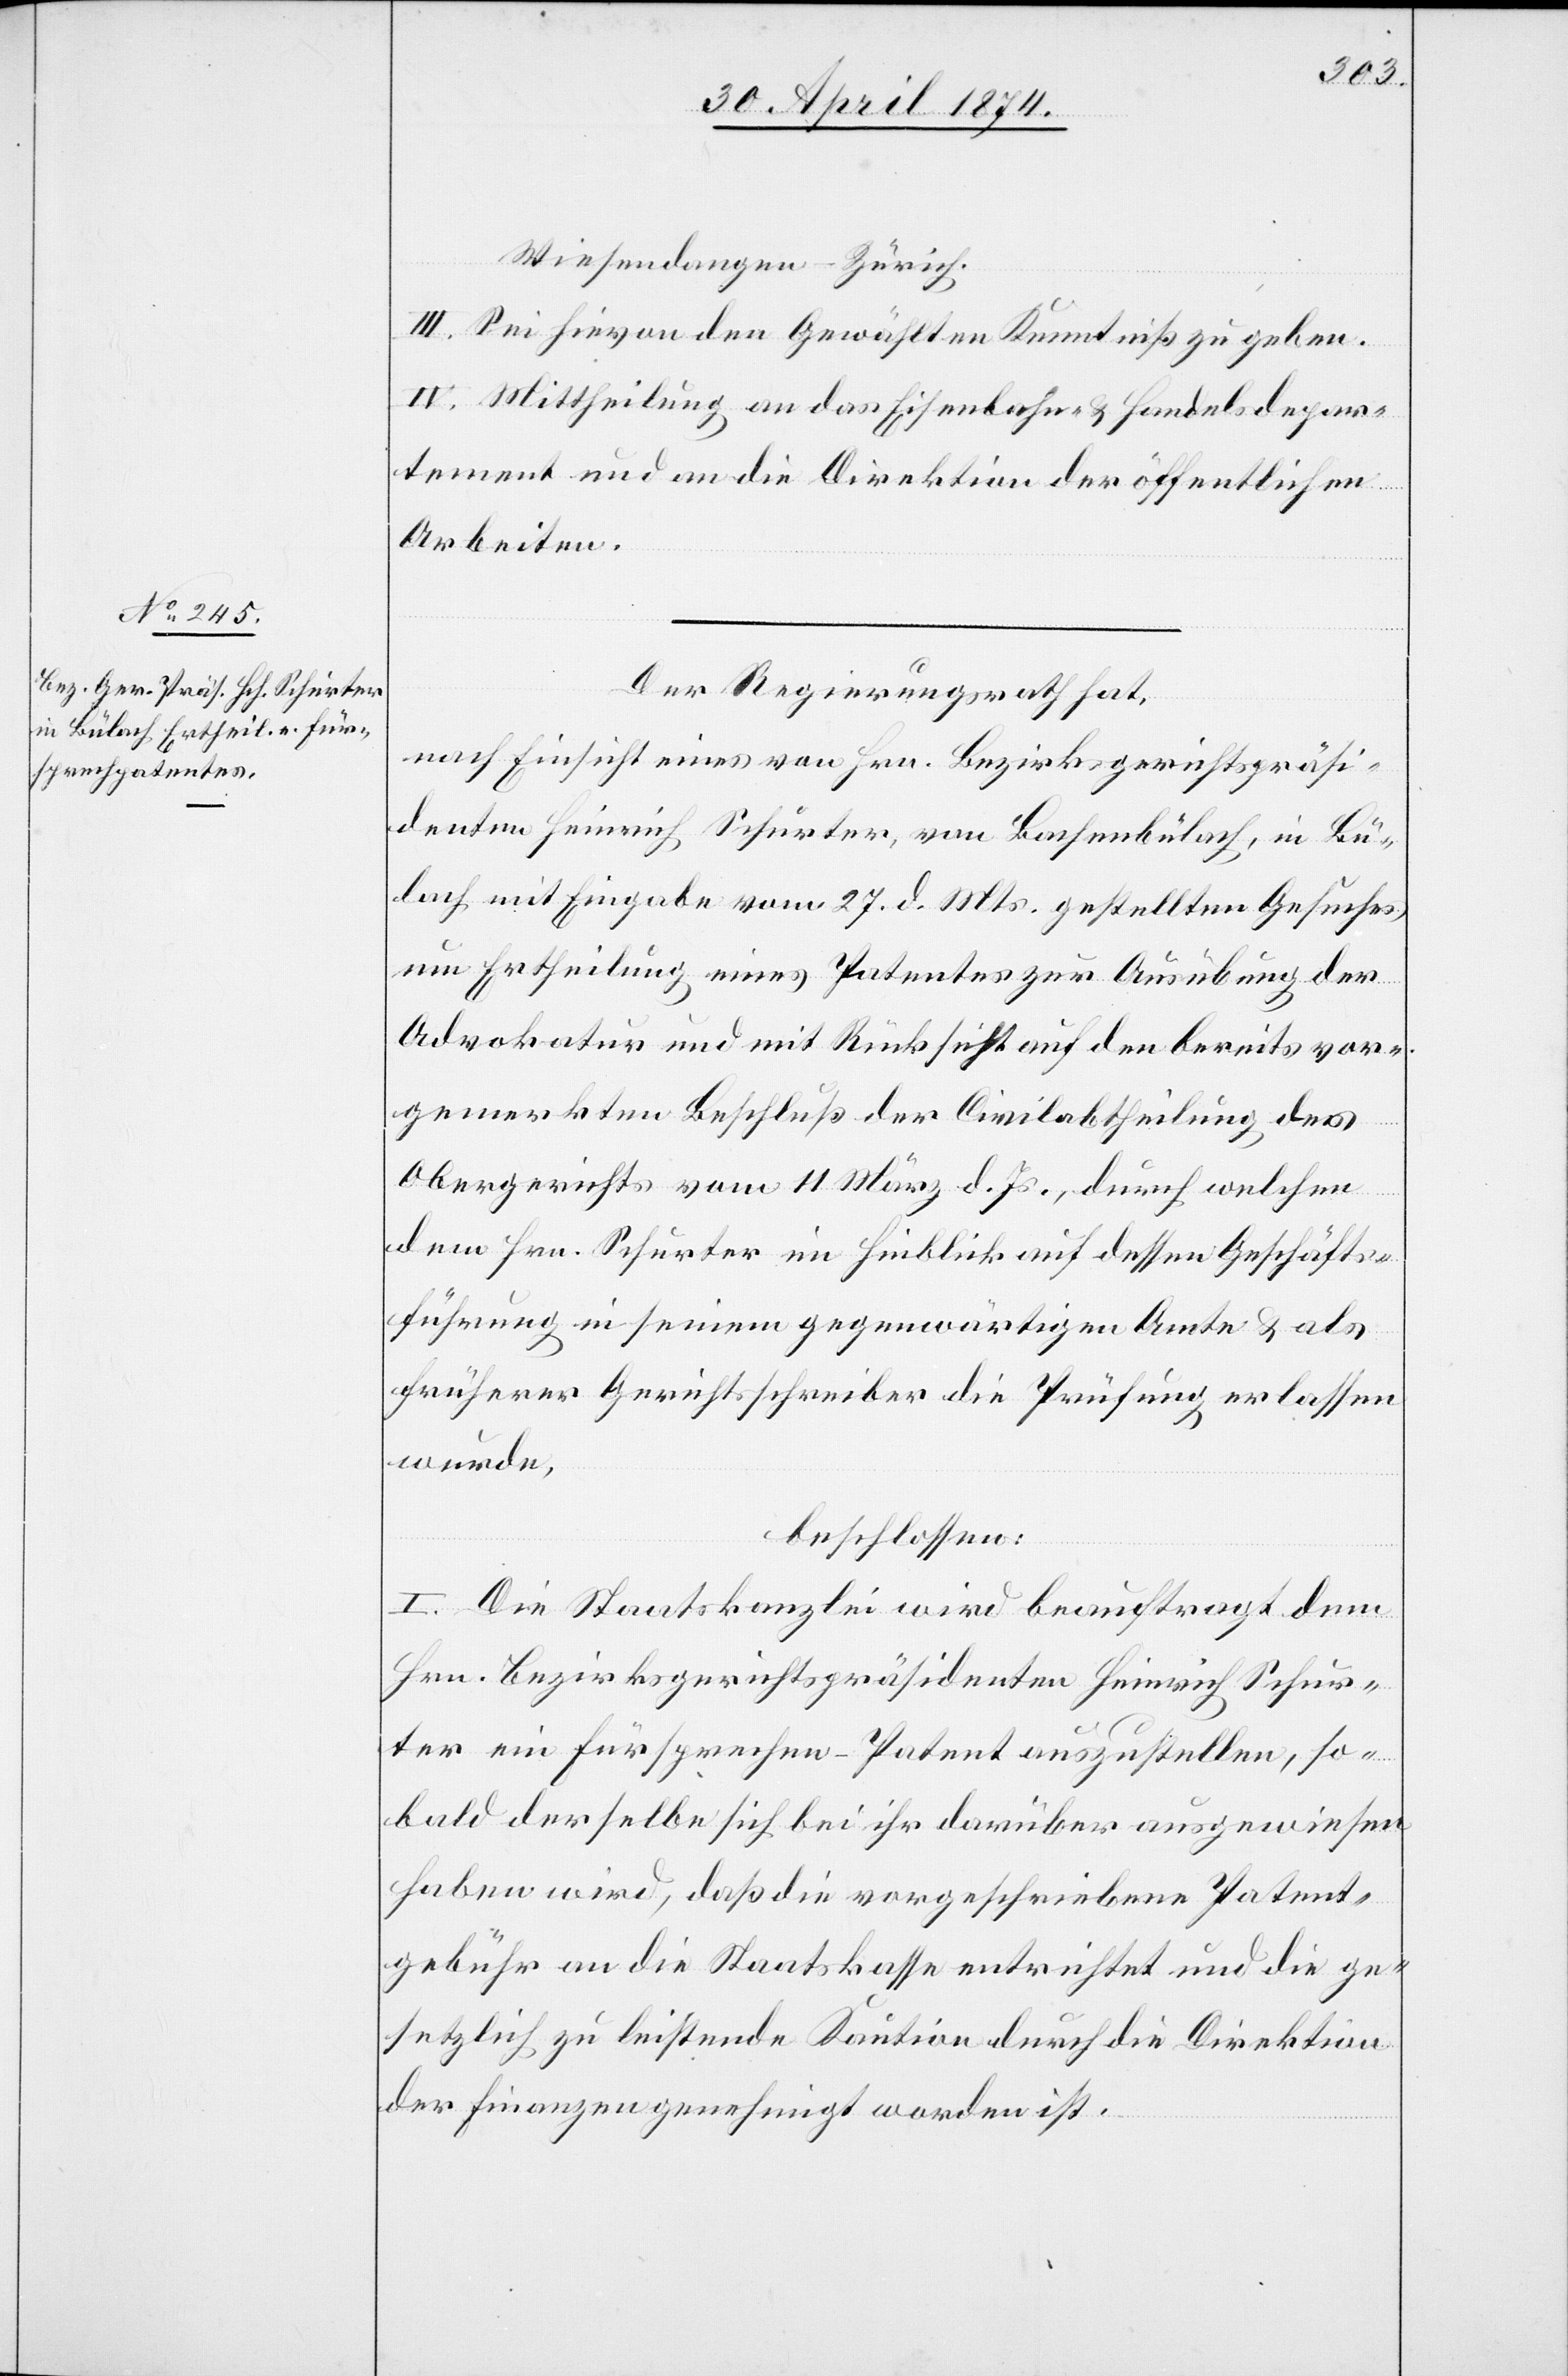
Wiesendangen-Zürich.
III. Sei hievon den Gewählten Kenntniß zu geben.
Arbeiten.
Der Regierungsrath hat,
nach Einsicht eines von Hrn. Bezirksgerichtspräsi¬
denten Heinrich Schürter [sic!], von Bachenbülach, in Bü¬
lach mit Eingabe vom 27. d. Mts. gestellten Gesuches
um Ertheilung eines Patentes zur Ausübung der
Advokatur und mit Rücksicht auf den bereits vor¬
gemerkten Beschluß der Civilabtheilung des
Obergerichtes vom 11. März d. Js., durch welchen
dem Hrn. Schurter im Hinblick auf dessen Geschäfts¬
führung in seinem gegenwärtigen Amte u. als
früherer Gerichtsschreiber die Prüfung erlassen
wurde,
beschlossen:
I. Die Staatskanzlei wird beauftragt dem
Hrn. Bezirksgerichtspräsidenten Heinrich Schur¬
ter ein Fürsprechen-Patent auszustellen, so¬
bald derselbe sich bei ihr darüber ausgewiesen
haben wird, daß die vorgeschriebene Patent¬
gebühr an die Staatskasse entrichtet und die ge¬
setzlich zu leistende Kaution durch die Direktion
der Finanzen genehmigt worden ist.